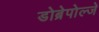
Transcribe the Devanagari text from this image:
डोब्रेपोल्जे